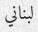
لبناني